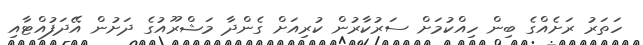
ހަތަރު ރަށެއްގެ ބިން ހިއްކުމަށް ސަރުކާރުން ކުރިއަށް ގެންދާ މަޝްރޫއުގެ ދަށުން އޭދަފުއްޓާއި